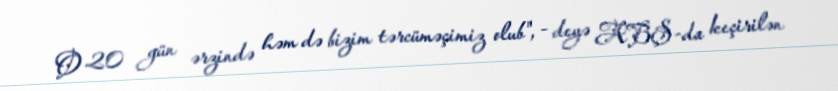
O 20 gün ərzində həm də bizim tərcüməçimiz olub", - deyə ABŞ-da keçirilən